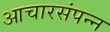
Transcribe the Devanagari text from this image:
आचारसंपन्‍न